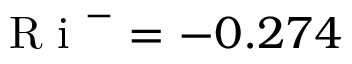
\textrm { R i } ^ { - } = - 0 . 2 7 4